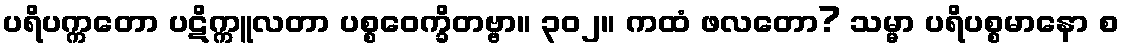
ပရိပက္ကတော ပဋိက္ကူလတာ ပစ္စဝေက္ခိတဗ္ဗာ။ ၃၀၂။ ကထံ ဖလတော? သမ္မာ ပရိပစ္စမာနော စ